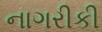
નાગરીકી